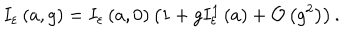
I _ { \varepsilon } \left( a , g \right) = I _ { \varepsilon } \left( a , 0 \right) \left( 1 + g I _ { \varepsilon } ^ { 1 } \left( a \right) + { \cal O } \left( g ^ { 2 } \right) \right) .